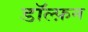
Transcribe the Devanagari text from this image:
डॉल्फ़न